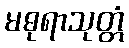
မဓုရာသုတ္တံ